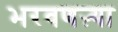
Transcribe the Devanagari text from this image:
भरवणऱ्या